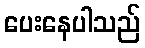
ပေးနေပါသည်